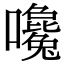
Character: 嚵